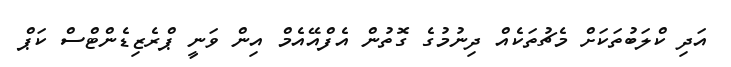
އަދި ކްލަބުތަކަށް މެޗުތަކެއް ދިނުމުގެ ގޮތުން އެފްއޭއެމް އިން ވަނީ ޕްރެޒިޑެންޓްްސް ކަޕް